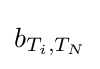
b_{T_{i},T_{N}}